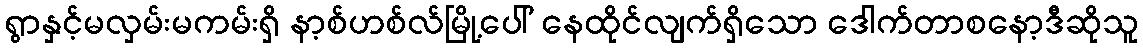
ရွာနှင့်မလှမ်းမကမ်းရှိ နာ့စ်ဟစ်လ်မြို့ပေါ် နေထိုင်လျက်ရှိသော ဒေါက်တာစနော့ဒီဆိုသူ